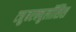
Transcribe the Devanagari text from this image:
ट्युुबरक्युलॉसिस